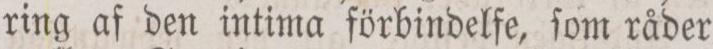
ring af den intima förbindelfe, ſom råder